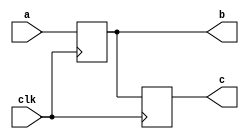
module non_blocking(
    input clk,
    input [3:0] a,
    output reg [3:0] b, c
);
    always @(posedge clk)begin
        b <= a;
        c <= b;
        $display("Non_Blocking: a = %d, b = %d, c = %d.",a,b,c);
    end
endmodule